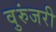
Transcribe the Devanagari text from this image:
वुरुंजरी